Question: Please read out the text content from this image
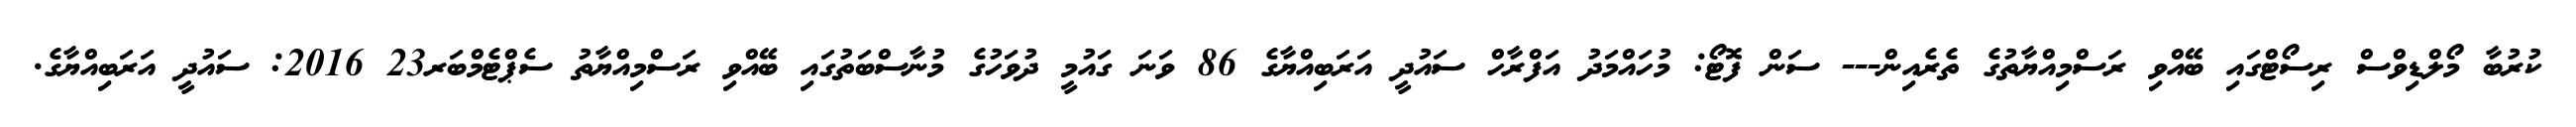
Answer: ކުރުބާ މޯލްޑިވްސް ރިސޯޓްގައި ބޭއްވި ރަސްމިއްޔާތުގެ ތެރެއިން--- ސަން ފޮޓޯ: މުހައްމަދު އަފްރާހް ސައުދީ އަރަބިއްޔާގެ 86 ވަނަ ގައުމީ ދުވަހުގެ މުނާސްބަތުގައި ބޭއްވި ރަސްމިއްޔާތު ސެޕްޓެމްބަރ23 2016: ސައުދީ އަރަބިއްޔާގެ.